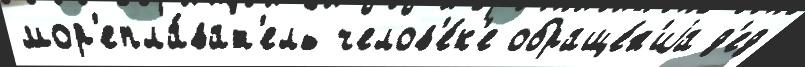
мор'епла́ват'ель челов'е́к'е обраще́н'иjа д'ед